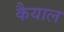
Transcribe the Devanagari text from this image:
कैयाल